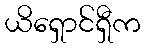
ယိရှောင်ရှီက